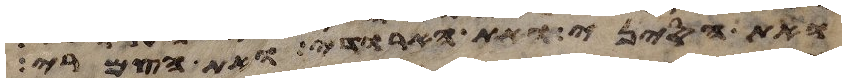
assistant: ואת הסיני ואת הארודי ואת הצמרי